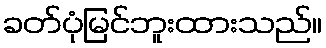
ခတ်ပုံမြင်ဘူးထားသည်။